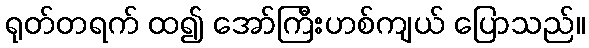
ရုတ်တရက် ထ၍ အော်ကြီးဟစ်ကျယ် ပြောသည်။